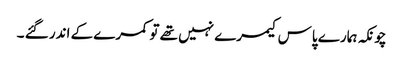
چونکہ ہمارے پاس کیمرے نہیں تھے تو کمرے کے اندر گئے ۔